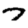
Digit: 7